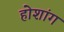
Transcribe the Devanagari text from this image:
होशांग